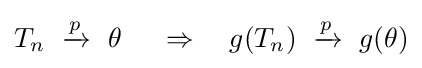
T_{n}\ \xrightarrow {p} \ \theta \ \quad \Rightarrow \quad g(T_{n})\ \xrightarrow {p} \ g(\theta )